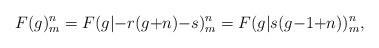
LaTeX: \begin{align*}F(g)_m^n = F(g|{-}r(g{+}n){-}s)_m^n = F(g|s(g{-}1{+}n))_m^n,\end{align*}